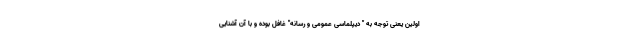
اولین یعنی توجه به " دیپلماسی عمومی و رسانه" غافل بوده و با آن آشنایی